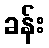
ခန်း